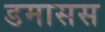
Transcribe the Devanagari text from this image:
डमासस